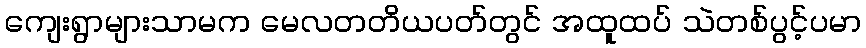
ကျေးရွာများသာမက မေလတတိယပတ်တွင် အထူထပ် သဲတစ်ပွင့်ပမာ